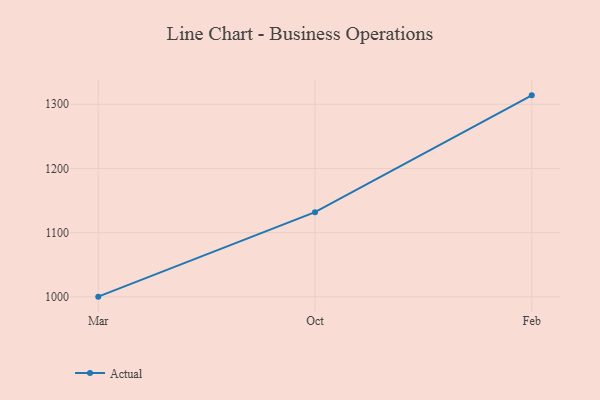
{"axis": {"x": "Month", "y": "Shipments"}, "legend": ["Actual"], "data": [{"x": "Mar", "y": 1000.2, "type": "Actual"}, {"x": "Oct", "y": 1131.9, "type": "Actual"}, {"x": "Feb", "y": 1313.9, "type": "Actual"}]}